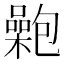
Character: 𡂟